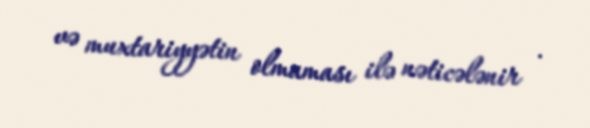
və muxtariyyətin olmaması ilə nəticələnir .